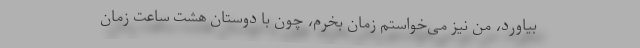
بیاورد، من نیز می‌خواستم زمان بخرم، چون با دوستان‌ هشت ساعت زمان